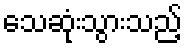
သေဆုံးသွားသည့်